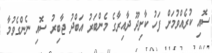
ސޮއި ކުރެއްވުމަށް ފަހު ކާށިދޫ ދާއިރާގެ މެންބަރު އަބްދު ޖާބިރު ސޮއި ނެންގެވުމާ